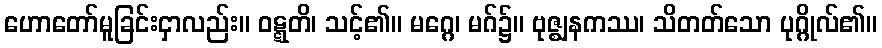
ဟောတော်မူခြင်းငှာလည်း။ ဝဋ္ဋတိ၊ သင့်၏။ မဂ္ဂေ၊ မဂ်၌။ ဗုဇ္ဈနကဿ၊ သိတတ်သော ပုဂ္ဂိုလ်၏။